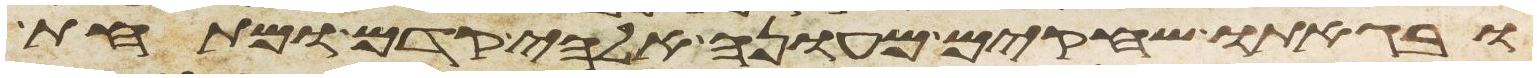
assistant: ובגאתו שחקים מעונה אלהי קדם ומתחת